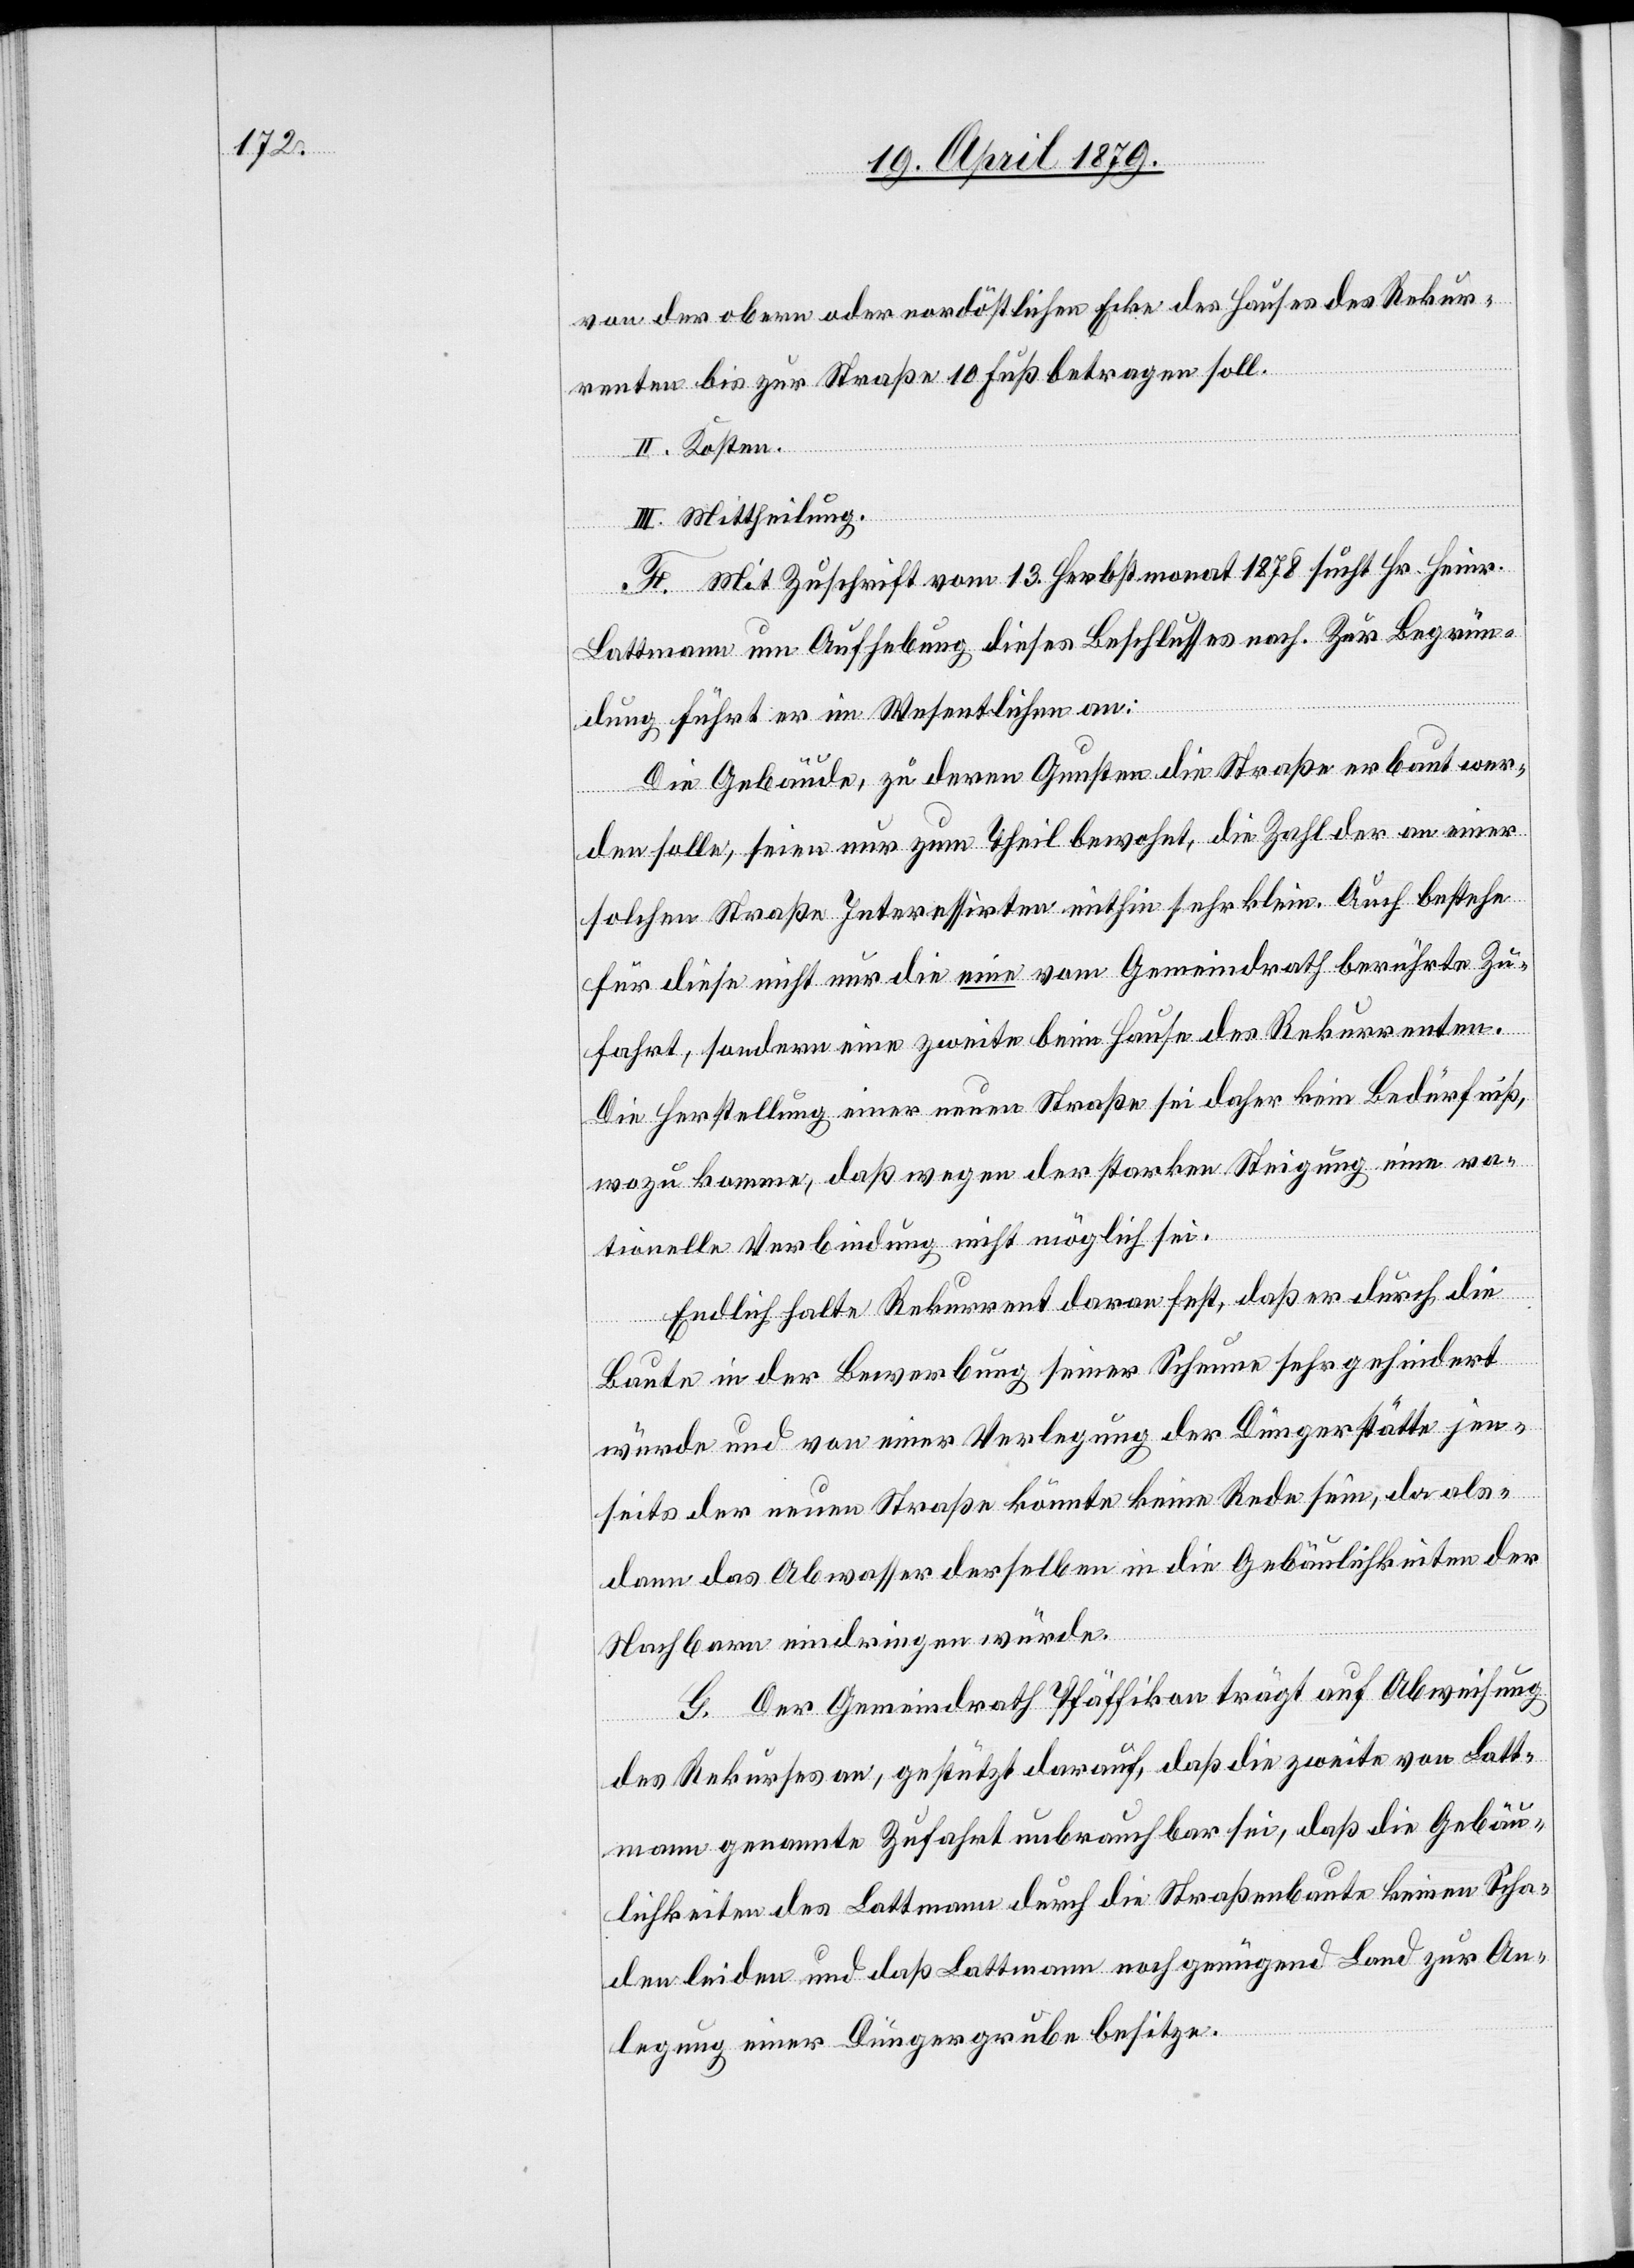
von der obern oder nordöstlichen Ecke des Hauses des Rekur¬
renten bis zur Straße 10 Fuß betragen soll.
II. Kosten.
III. Mittheilung.
F. Mit Zuschrift vom 13. Herbstmonat 1878 sucht Hr. Heinr.
Lattmann um Aufhebung dieses Beschlusses nach. Zur Begrün¬
dung führt er im Wesentlichen an:
Die Gebäude, zu deren Gunsten die Straße erbaut wer¬
den solle, seien nur zum Theil bewohnt, die Zahl der an einer
solchen Straße Interessirten mithin sehr klein. Auch bestehe
für diese nicht nur die eine vom Gemeindrath berührte Zu¬
fahrt, sondern eine zweite beim Hause des Rekurrenten.
Die Herstellung einer neuen Straße sei daher kein Bedürfniß,
wozu komme, daß wegen der starken Steigung eine ra¬
tionelle Verbindung nicht möglich sei.
Endlich halte Rekurrent daran fest, daß er durch die
Baute in der Bewerbung seiner Scheune sehr gehindert
würde und von einer Verlegung der Düngerstätte jen¬
seits der neuen Straße könnte keine Rede sein, da als¬
dann das Abwasser derselben in die Gebäulichkeiten der
Nachbarn eindringen würde.
G. Der Gemeindrath Pfäffikon trägt auf Abweisung
des Rekurses an, gestützt darauf, daß die zweite von Latt¬
mann genannte Zufahrt unbrauchbar sei, daß die Gebäu¬
lichkeiten des Lattmann durch die Straßenbaute keinen Scha¬
den leiden und daß Lattmann noch genügend Land zur An¬
legung einer Düngergrube besitze.